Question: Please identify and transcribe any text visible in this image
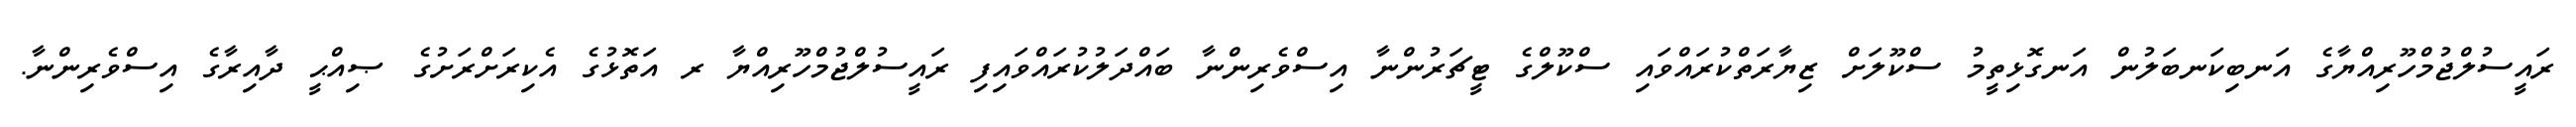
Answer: ރައީސުލްޖުމްހޫރިއްޔާގެ އަނބިކަނބަލުން އަނގޮޅިތީމު ސްކޫލަށް ޒިޔާރަތްކުރައްވައި ސްކޫލްގެ ޓީޗަރުންނާ އިސްވެރިންނާ ބައްދަލުކުރައްވައިފި ރައީސުލްޖުމްހޫރިއްޔާ ރ އަތޮޅުގެ އެކިރަށްރަށުގެ ޞިއްޙީ ދާއިރާގެ އިސްވެރިންނާ.